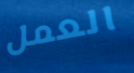
العمل